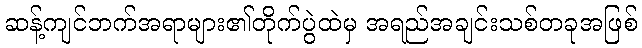
ဆန့်ကျင်ဘက်အရာများ၏တိုက်ပွဲထဲမှ အရည်အချင်းသစ်တခုအဖြစ်